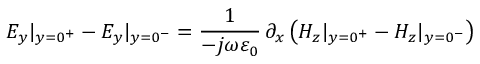
E _ { y } | _ { y = 0 ^ { + } } - E _ { y } | _ { y = 0 ^ { - } } = \frac { 1 } { - j \omega \varepsilon _ { 0 } } \, \partial _ { x } \left( H _ { z } | _ { y = 0 ^ { + } } - H _ { z } | _ { y = 0 ^ { - } } \right)